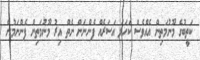
ކަތީބުގެ މޫނުމަތިން އެއްވެސް ކަހަލަ އަސަރެއް ފެންނަން ނެތް އިރު މޫނުމަތިން ފެންނަމުން